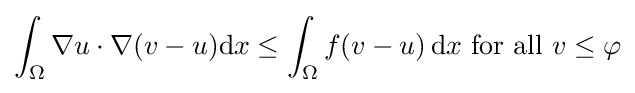
\int _{\Omega }\nabla u\cdot \nabla (v-u)\mathrm {d} x\leq \int _{\Omega }f(v-u)\,\mathrm {d} x{\text{ for all }}v\leq \varphi